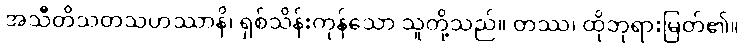
အသီတိသတသဟဿာနိ၊ ရှစ်သိန်းကုန်သော သူတို့သည်။ တဿ၊ ထိုဘုရားမြတ်၏။